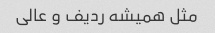
مثل همیشه ردیف و عالی